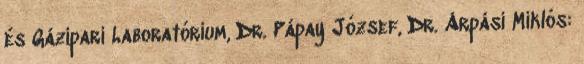
és Gázipari Laboratórium, Dr. Pápay József, Dr. Árpási Miklós: